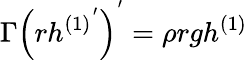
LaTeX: {\Gamma}\left({rh{^{(1)}}^{'}}\right)^{'}=\rho{rg}h^{(1)}